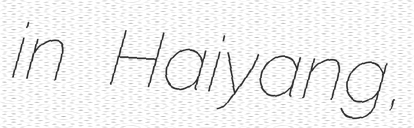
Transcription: in Haiyang,